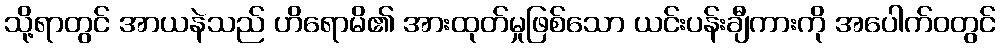
သို့ရာတွင် အာယနဲသည် ဟိရောမိ၏ အားထုတ်မှုဖြစ်သော ယင်းပန်းချီကားကို အပေါက်ဝတွင်